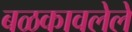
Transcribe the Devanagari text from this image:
बळकावलेले